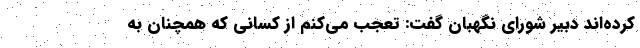
کرده‌اند دبیر شورای نگهبان گفت: تعجب می‌کنم از کسانی که همچنان به